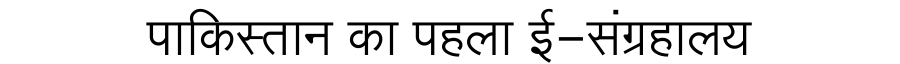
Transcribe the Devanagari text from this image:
पाकिस्तान का पहला ई-संग्रहालय